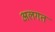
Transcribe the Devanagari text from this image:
अलगत